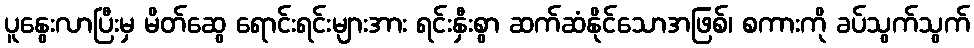
ပူနွေးလာပြီးမှ မိတ်ဆွေ ရောင်းရင်းများအား ရင်းနှီးစွာ ဆက်ဆံနိုင်သောအဖြစ်၊ စကားကို ခပ်သွက်သွက်